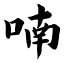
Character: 喃